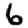
Digit: 6